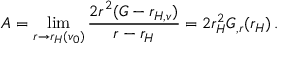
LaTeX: A = \operatorname * { l i m } _ { r \rightarrow r _ { H } ( v _ { 0 } ) } \frac { 2 r ^ { 2 } ( G - r _ { H , v } ) } { r - r _ { H } } = 2 r _ { H } ^ { 2 } G _ { , r } ( r _ { H } ) \, .